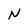
Character: N